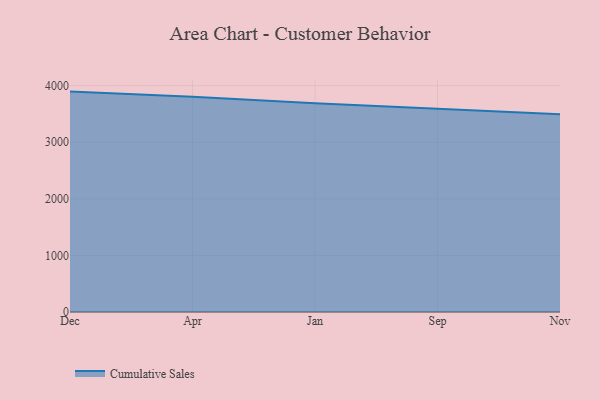
{"axis": {"x": "Month", "y": "Population (Million)"}, "legend": ["Cumulative Sales"], "data": [{"x": "Dec", "y": 3896.0, "type": "Cumulative Sales"}, {"x": "Apr", "y": 3803.7, "type": "Cumulative Sales"}, {"x": "Jan", "y": 3688.2, "type": "Cumulative Sales"}, {"x": "Sep", "y": 3587.3, "type": "Cumulative Sales"}, {"x": "Nov", "y": 3497.3, "type": "Cumulative Sales"}]}